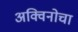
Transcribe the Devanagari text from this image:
अक्विनोचा